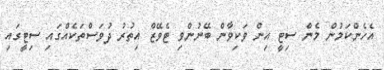
އެހެންކަމުން މެން ސިޓީ އިން ވަކިވާން ބޭނުންވި ޓެވޭޒް އިތުރު ދުވަސްތަކެއްގައި ސިޓީގައި